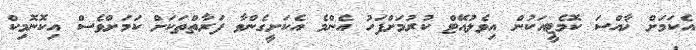
އެކަމަށް ޚާއްސަ ކޮމެޓީއަކުން އިވެލުއޭޓް ކުރުމަށްފަހު އެންމެ އެކަށީގެންވާ ފަރާތްތަކަށް ކަމަށްވެސް އިކޮނޮމިކް